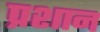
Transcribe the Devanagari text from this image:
प्रशान